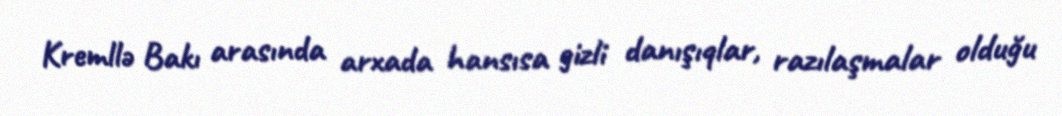
Kremllə Bakı arasında arxada hansısa gizli danışıqlar, razılaşmalar olduğu